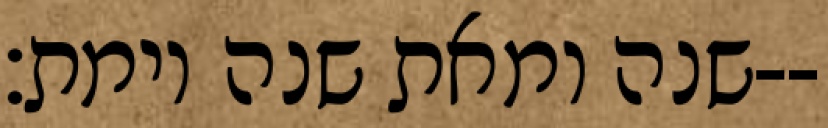
שנה ומאת שנה וימת׃--